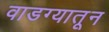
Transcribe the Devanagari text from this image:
वाडग्यातून